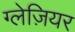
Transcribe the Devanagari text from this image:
ग्लेज़ियर